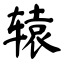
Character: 辕